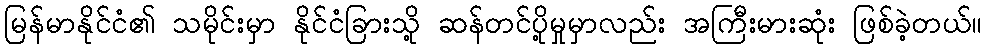
မြန်မာနိုင်ငံ၏ သမိုင်းမှာ နိုင်ငံခြားသို့ ဆန်တင်ပို့မှုမှာလည်း အကြီးမားဆုံး ဖြစ်ခဲ့တယ်။